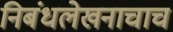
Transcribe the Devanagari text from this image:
निबंधलेखनाचाच